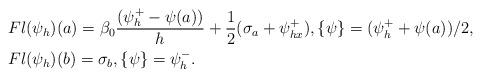
LaTeX: \begin{align*}& Fl(\psi_h)(a) =\beta_0\frac{(\psi_{h}^+ - \psi(a))}{h}+\frac{1}{2}(\sigma_a +\psi_{hx}^+), \{\psi\}=(\psi_h^++\psi(a))/2,\\&Fl(\psi_h)(b) =\sigma_b, \{\psi\}=\psi_h^-.\end{align*}